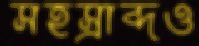
সহস্রাব্দও